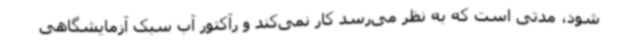
شود، مدتی است که به نظر می‌رسد کار نمی‌کند و رآکتور آب سبک آزمایشگاهی